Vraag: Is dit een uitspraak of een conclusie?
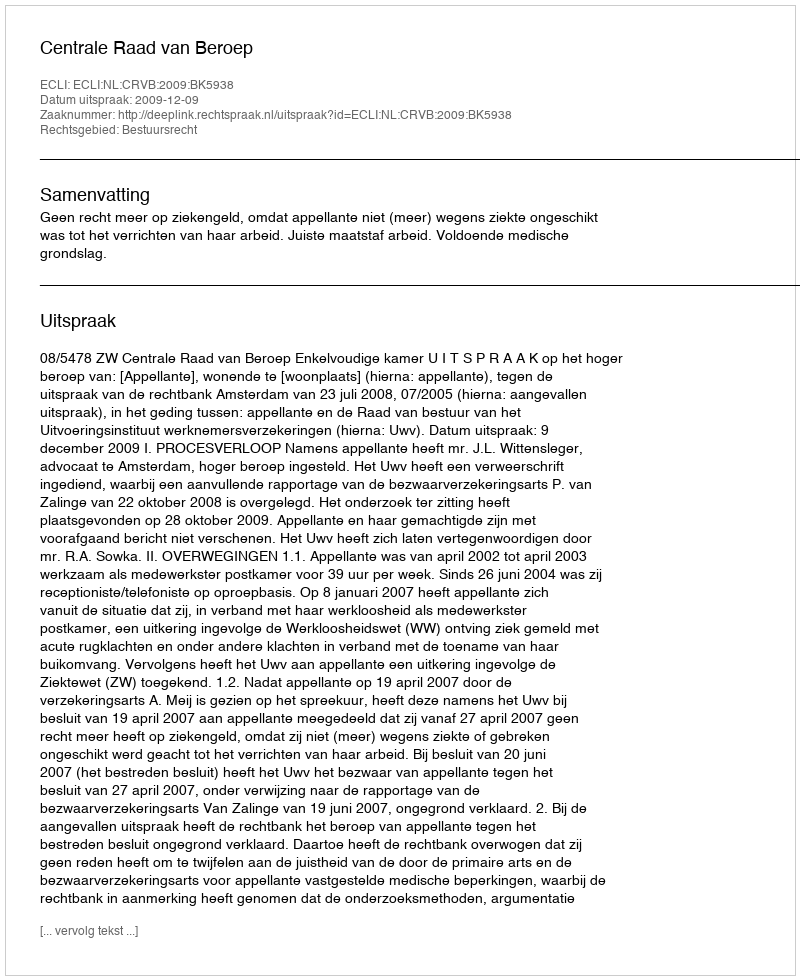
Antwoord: Uitspraak